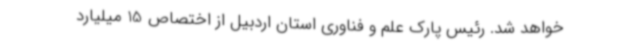
خواهد شد. رئیس پارک علم و فناوری استان اردبیل از اختصاص 15 میلیارد